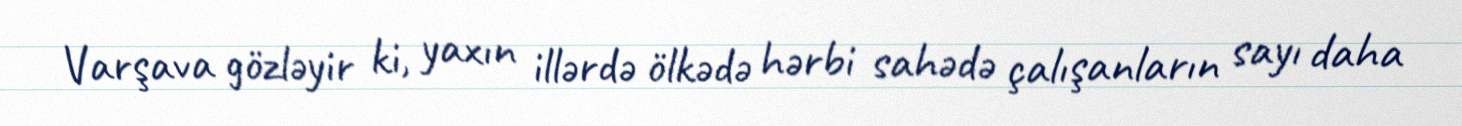
Varşava gözləyir ki, yaxın illərdə ölkədə hərbi sahədə çalışanların sayı daha